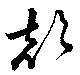
顛